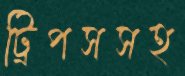
ট্রিপসসহ